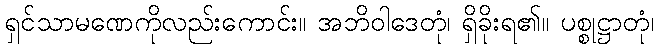
ရှင်သာမဏေကိုလည်းကောင်း။ အဘိဝါဒေတုံ၊ ရှိခိုးရ၏။ ပစ္စုဋ္ဌာတုံ၊